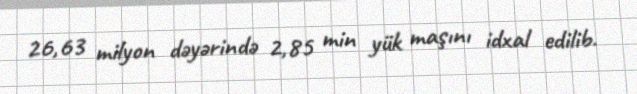
26,63 milyon dəyərində 2,85 min yük maşını idxal edilib.